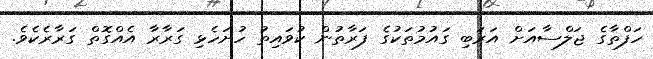
ހަފްތާގެ ޖަލްސާއަށް އަރަބި ގައުމުތަކުގެ ފަރާތުން ކުވައިތު ހުށަހެޅި ގަރާރާ އެއްގޮތް ގަރާރެކެވެ.